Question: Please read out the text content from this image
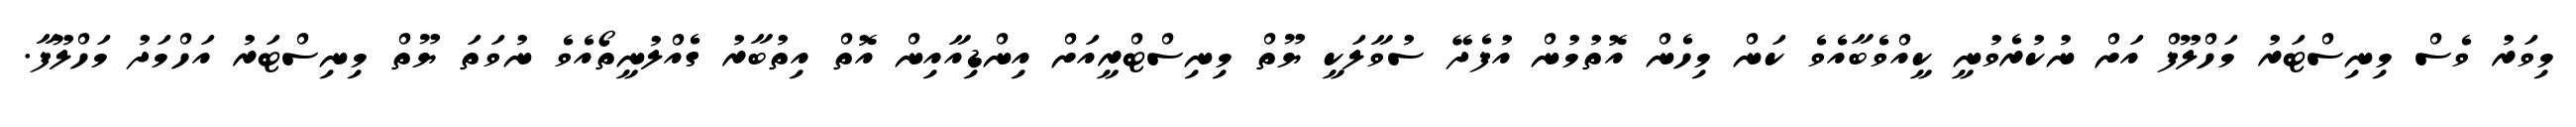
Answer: މިވަރު ވެސް މިނިސްޓަރު މަހްލޫފް އަށް ނުކުރެވުނީ ކީއްވެބާއެވެ ކަން މިހެން އޮތުމުން އުފެދޭ ސުވާލަކީ ޔޫތް މިނިސްޓްރީއަށް އިންޑިއާއިން އޮތް އިތުބާރު ގެއްލުނީތޯއެވެ ނުވަތަ ޔޫތް މިނިސްޓަރު އަހްމަދު މަހްލޫފާ.